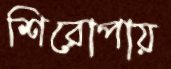
শিরোপায়